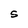
Character: S